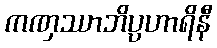
ကဏှဿာဘိပ္ပဟာရိနီ